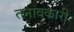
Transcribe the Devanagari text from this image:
तनावकारी